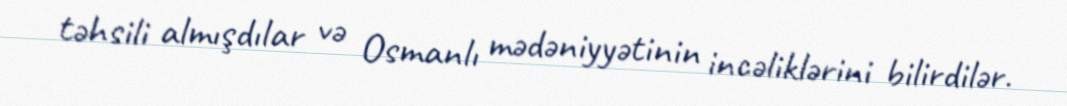
təhsili almışdılar və Osmanlı mədəniyyətinin incəliklərini bilirdilər.